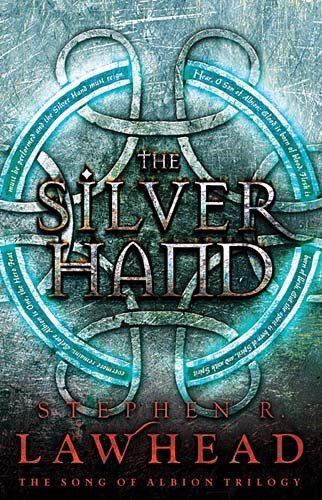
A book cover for The Silver Hand (The Song of Albion); Stephen Lawhead; Christian Books & Bibles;